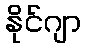
နိုင်ဂျာ